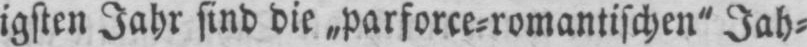
igsten Jahr sind die „parforce⸗romantischen“ Jah⸗